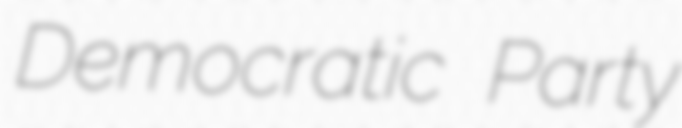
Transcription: Democratic Party